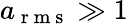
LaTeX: a_{\mathrm{~r~m~s~}}\gg 1